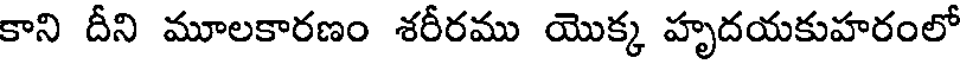
కాని దీని మూలకారణం శరీరము యొక్క హృదయకుహరంలో